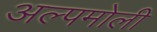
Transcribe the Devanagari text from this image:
अल्पमोली